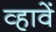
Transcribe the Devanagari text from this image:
व्हावें